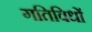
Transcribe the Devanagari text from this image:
गतिविधों